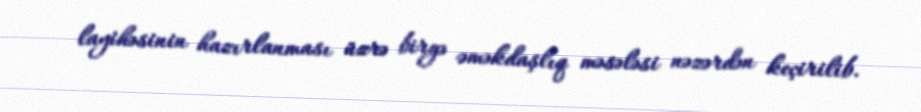
layihəsinin hazırlanması üzrə birgə əməkdaşlıq məsələsi nəzərdən keçirilib.